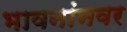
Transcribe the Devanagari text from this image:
भावनांनवर